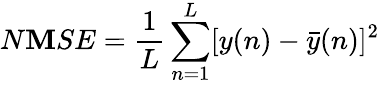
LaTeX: N\mathbf{M}SE=\frac{{1}}{{L}}\sum_{n=1}^{L}[y(n)-\bar{{y}}(n)]^{2}